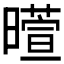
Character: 𬁙